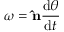
{ \boldsymbol { \omega } } = \mathbf { \hat { n } } { \frac { \mathrm { { d } } \theta } { \mathrm { { d } } t } }